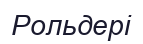
Рольдері